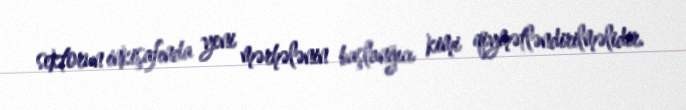
sektorun inkişafında yeni mərhələnin başlanğıcı kimi qiymətləndirilməlidir.